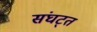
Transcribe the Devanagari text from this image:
संघट्त